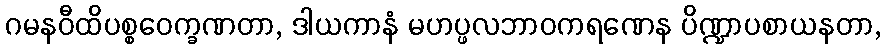
ဂမနဝီထိပစ္စဝေက္ခဏတာ, ဒါယကာနံ မဟပ္ဖလဘာဝကရဏေန ပိဏ္ဍာပစာယနတာ,